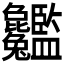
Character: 𦣸